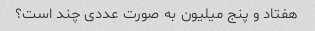
هفتاد و پنج میلیون به صورت عددی چند است؟